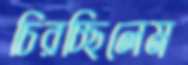
চিরচ্ছিলেম